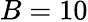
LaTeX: B=10